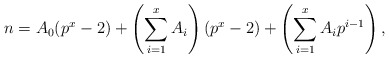
\begin{align*}n = A_0 (p^x-2) + \left(\sum_{i=1}^x A_i\right) (p^x-2) + \left(\sum_{i=1}^x A_i p^{i-1}\right),\end{align*}